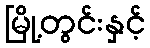
မြို့တွင်းနှင့်